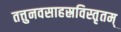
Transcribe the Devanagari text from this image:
तत्तुनवसाहस्रविस्तृतम्